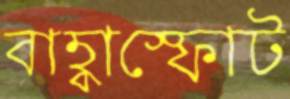
বাহ্বাস্ফোট